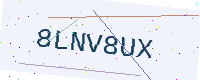
Text: 8LNV8UX